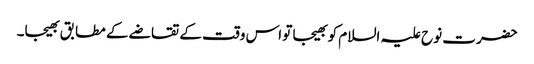
حضرت نوح علیہ السلام کو بھیجا تو اس وقت کے تقاضے کے مطابق بھیجا۔